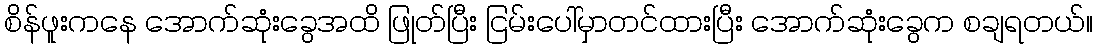
စိန်ဖူးကနေ အောက်ဆုံးခွေအထိ ဖြုတ်ပြီး ငြမ်းပေါ်မှာတင်ထားပြီး အောက်ဆုံးခွေက စချရတယ်။